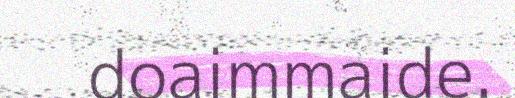
doaimmaide.